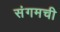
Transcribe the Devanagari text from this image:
संगमची